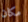
مكان